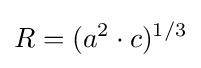
R=(a^{2}\cdot c)^{1/3}